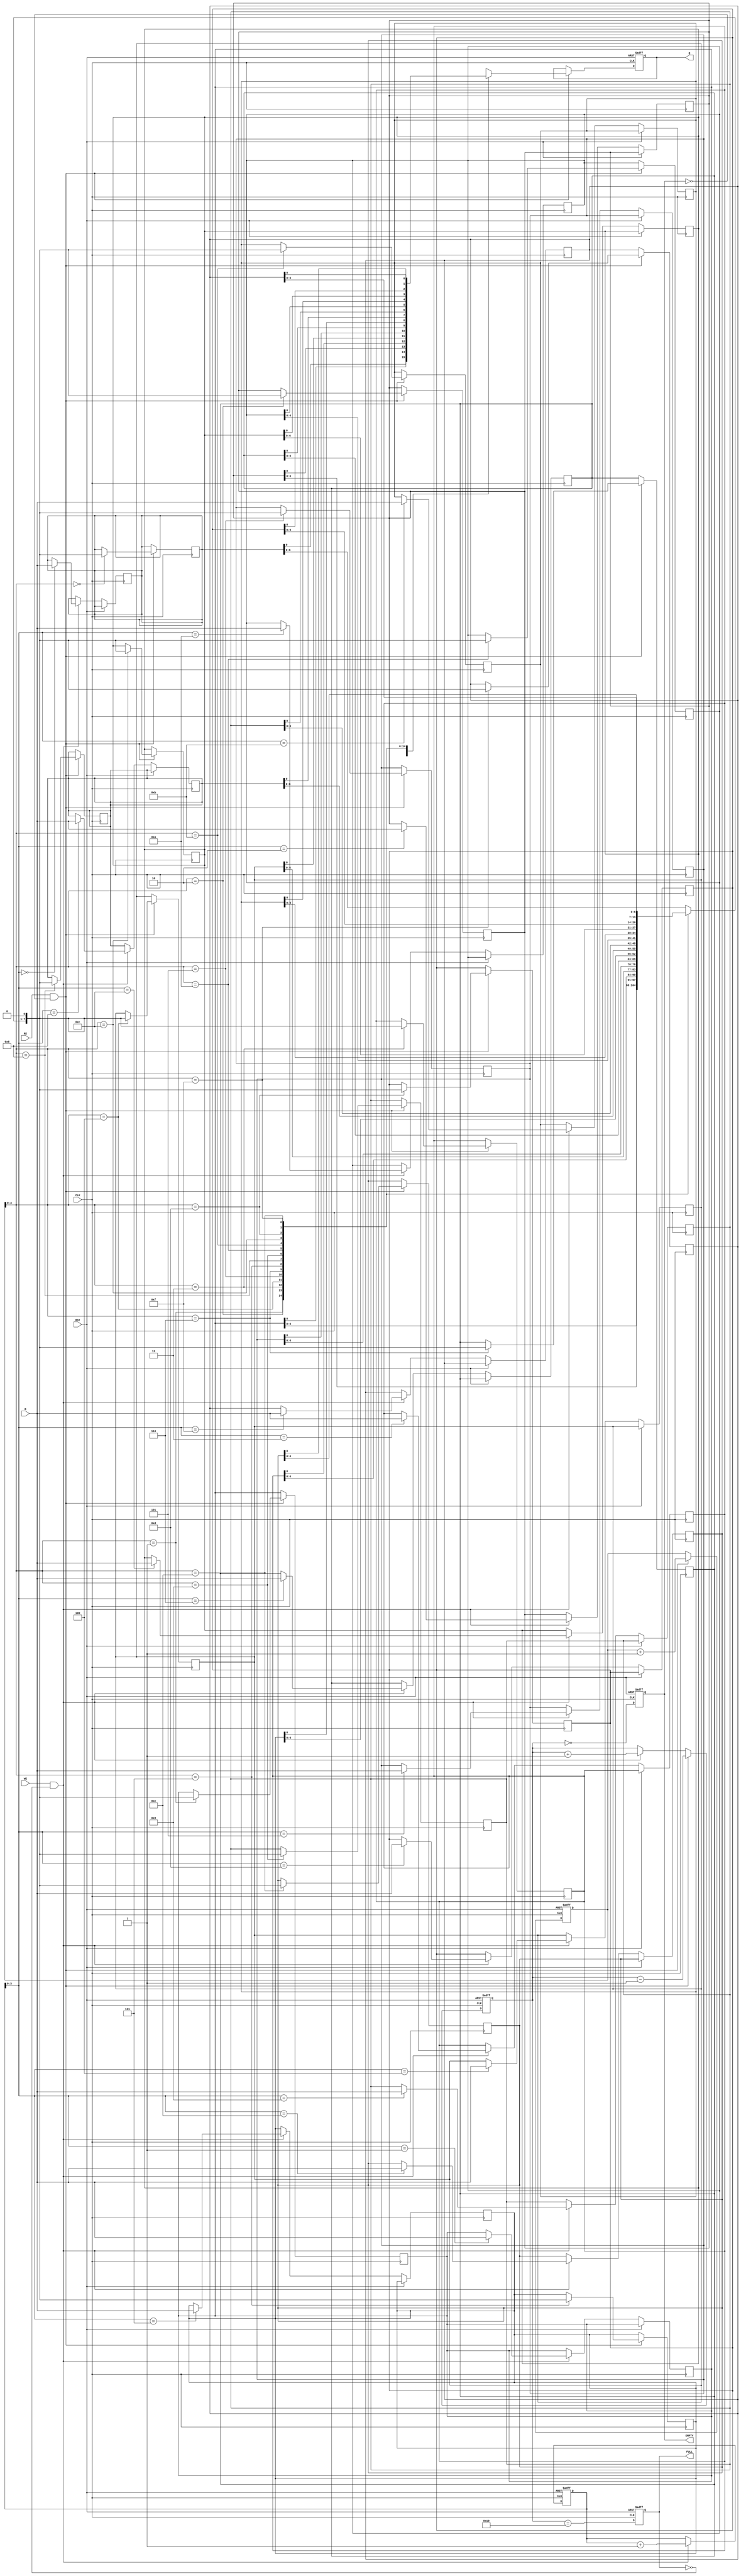
module fifo_piso #(
    parameter WIDTH = 8,  // Number of bits in parallel input
    parameter DEPTH = 16   // Number of entries in the FIFO
)(
    input  wire [WIDTH-1:0] D,     // Parallel data input
    input  wire WE,                 // Write enable
    input  wire RE,                 // Read enable
    input  wire CLK,                // Clock
    input  wire RST,                // Reset
    output reg Q,                   // Serial data output
    output reg EMPTY,               // Empty flag
    output reg FULL                 // Full flag
);

    // Internal storage array
    reg [WIDTH-1:0] fifo_mem [0:DEPTH-1]; // FIFO storage
    reg [DEPTH-1:0] write_pointer;         // Write pointer
    reg [DEPTH-1:0] read_pointer;          // Read pointer
    reg [DEPTH-1:0] count;                 // Number of entries in FIFO

    // Asynchronous reset
    always @(posedge CLK or posedge RST) begin
        if (RST) begin
            write_pointer <= 0;
            read_pointer <= 0;
            count <= 0;
            EMPTY <= 1;
            FULL <= 0;
            Q <= 0;
        end else begin
            // Writing data
            if (WE && !FULL) begin
                fifo_mem[write_pointer] <= D; // Store data
                write_pointer <= write_pointer + 1;
                count <= count + 1;
            end

            // Reading data
            if (RE && !EMPTY) begin
                Q <= fifo_mem[read_pointer][0]; // Output the MSB for serial read
                read_pointer <= read_pointer + 1;
                count <= count - 1;
            end

            // Update flags
            EMPTY <= (count == 0);
            FULL <= (count == DEPTH);
        end
    end

    // Shift the data for serial output
    always @(posedge CLK) begin
        if (RE && !EMPTY) begin
            // Shift the data to output the next bit
            fifo_mem[read_pointer] <= {fifo_mem[read_pointer][WIDTH-2:0], 1'b0}; // Shift left
        end
    end

endmodule